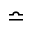
\bumpeq